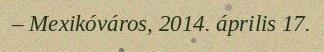
– Mexikóváros, 2014. április 17.